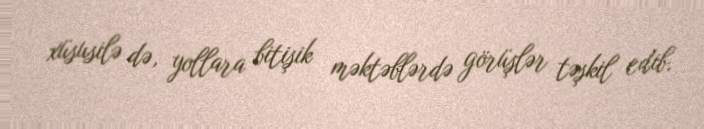
xüsusilə də, yollara bitişik məktəblərdə görüşlər təşkil edib.